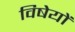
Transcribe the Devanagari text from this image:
विषेयों